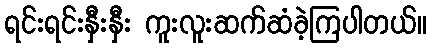
ရင်းရင်းနှီးနှီး ကူးလူးဆက်ဆံခဲ့ကြပါတယ်။